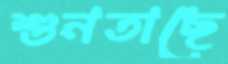
শুনতাছে